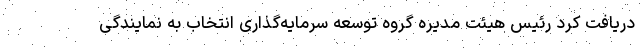
دریافت کرد رئیس هیئت مدیره گروه توسعه سرمایه‌گذاری انتخاب به نمایندگی